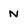
Character: N